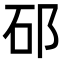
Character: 䂙